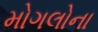
મોગલોના